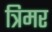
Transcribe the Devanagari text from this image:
त्रिमर